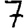
Digit: 7